Vital statistics of India. Vol. IV, Annual returns from 1871 to 1876. British Army of India, Native Army and jails of Bengal
Year: 1871
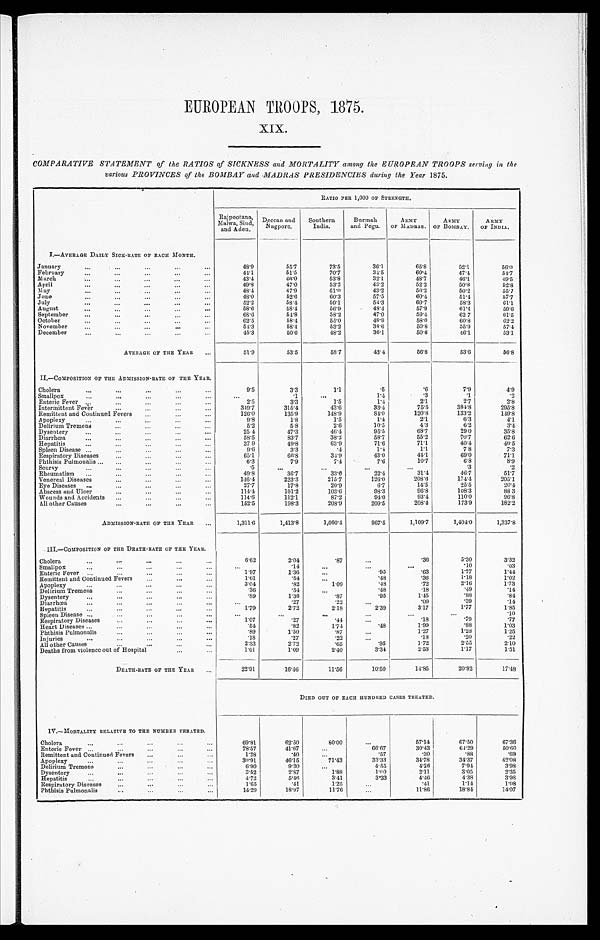
EUROPEAN TROOPS, 1875.
XIX.
COMPARATIVE STATEMENT of the RATIOS of SICKNESS and MORTALITY among the EUROPEAN TROOPS serving in the
various PROVINCES of the BOMBAY and MADRAS PRESIDENCIES during the Year 1875.
RATIO PER 1,000 Or STRENGTH.
Rajpootana,
Malwa, Sind,
and Aden.
Deccan and
Nagpore.
Southern
India.
Burmah
and Pegu.
ARMY
OF MADRAS.
ARMY
OF BOMBAY.
ARMY
OF INDIA.
1.—AVERAGE DAILY SICK-RATE OF EACH MONTH.
January
48.9
55.7
73.5
36.1
65.8
52.1
5 6 . 0
February
44.1
51.5
70.7
34.5
60.4
47.4
5 4 . 7
March
43.4
46.0
53.8
32.1
48.7
46.1
4 9 . 5
April
49.8
47.0
53.2
43.2
52.2
50.8
5 2 . 8
May
48.4
47.9
61.0
43.2
56.2
50.2
55.7
June
48.0
52.6
60.3
57.5
60.4
51.4
5 7 . 7
July
52.2
58.4
59.1
54.3
60.7
58.3
61.1
August
58.6
58.4
56.9
48.4
57.9
61.4
5 9 . 6
September
68.6
54.8
58.2
47.0
59.4
62.7
6 1 . 5
October
62.5
58.4
55.0
48.9
58.0
60.8
62.2
November
54.3
58.4
53.2
38.6
50.8
55.9
5 7 . 4
December
45.3
50.6
48.2
36.1
50.6
46.1
5 3 . 1
AVERAGE OF THE YEAR
51.9
53.5
58.7
43.4
56.8
53.6
5 6 . 8
II.—COMPOSITION OF THE ADMISSION-RATE OF THE YEAR.
Cholera
9.5
3.3
1.1
.5
.6
7.9
4 . 9
Smallpox
.1
1.4
.3
.1
.2
Enteric Fever
2.5
3.3
1.5
1.4
2.1
2.7
2 . 8
Intermittent Fever
349.7
315.4
43.6
33.4
75.5
384.8
2 9 5 . 8
Remittent and Continued Fevers
126.0
135.9
148.9
84.0
120.8
133.2
1 4 9 . 8
Apoplexy
9.8
1.8
1.5
1.4
2.1
6.3
4 . 1
Delirium Tremens
5 . 2
5.8
2.6
10.5
4.3
6.2
3 . 4
Dysentery
25.4
47.3
46.4
95.5
68.7
29.0
3 5 . 8
Diarrhœa
58.5
83.7
38.2
58.7
55.2
70.7
6 2 . 6
Hepatitis
37.9
49.8
63.9
71.6
71.1
40.4
46.5
Spleen Disease
9.6
3.3
.4
1.4
1.1
7.8
7 . 3
Respiratory Diseases
65.1
66.8
34.9
43.0
44.1
69.0
71.1
Phthisis Pulmonalis
6.3
7.9
7.4
7.6
10.7
6.8
8 . 9
Scurvy
.5
.3
.2
Rheumatism
49.8
36.7
33.6
22.4
31.4
46.7
5 1 . 7
Venereal Diseases
146.4
223.3
215.7
126.0
208.6
174.4
205.1
Eye Diseases
27.7
17.8
20.9
6.7
14.5
25.5
2 0 . 4
Abscess and Ulcer
114.4
101.2
103.6
98.3
96.8
108.3
8 8 . 3
Wounds and Accidents
114.6
112.1
87.2
94.0
93.4
110.0
96.8
All other Causes
152.5
198.3
208.9
209.5
208.4
173.9
1 8 2 . 2
ADMISSION-RATE OF THE YEAR
1,311.6
1,413.8
1,060.4
967.5
1,109.7
1,404.0
1 , 3 3 7 . 8
III.—COMPOSITION OF THE DEATH-RATE OF THE YEAR.
Cholera
6.62
2.04
. 8 7
.36
5.30
3 . 3 2
. 1 4
.10
.03
Smallpox
1.97
1.36
.95
.63
1.77
1 . 4 4
Enteric Fever
1.61
.54
.48
.36
1.18
1 . 0 2
Remittent and Continued Fevers
3.04
.82
1.09
.48
.72
2.16
1.73
Apoplexy
.36
.54
.48
.18
.49
.14
Delirium Tremens
.89
1.36
.87
.95
1.45
.88
.84
Dysentery
. 2 7
.22
.09
.39
.14
Diarrhœa
1 . 7 9
2.72
2.18
2.39
3.17
1.77
1.85
Hepatitis
.10
S p l e e n D i s e a s e
1.07
.27
.44
.18
.79
.77
Respiratory Diseases
.54
.82
1.74
.48
1.99
.88
1 . 0 3
Heart Diseases
Phthisis Pulmonalis
.89
1.50
.87
1.27
1.28
1.25
.18
.27
.22
.18
.20
.22
Injuries
2.33
2.72
.65
.95
1.72
2.55
2 . 1 0
All other Causes
1 . 6 1
1.09
2.40
3.34
2.53
1.17
1 . 5 1
Deaths from violence out of Hospital
DEATH-RATE OF THE YEAR
22.91
16.46
11.56
10.50
14.85
20.92
1 7 . 4 8
DIED OUT OF EACH HUNDRED CASES TREATED.
IV.—MORTALITY RELATIVE TO THE NUMBER TREATED.
Cholera
69.81
62.50
80.00
57.14
67.50
6 7 . 3 6
Enteric Fever
78.57
41.67
66.67
30.43
64.29
5 0 . 6 0
Remittent and Continued Fevers
1.28
.40
.57
.30
.88
.69
Apoplexy
30.91
46.15
71.43
33.33
34.78
34.37
4 2 . 0 8
Delirium Tremens
6.90
9.30
4.55
4.26
7.94
3 . 9 8
Dysentery
3.52
2.87
1.88
1.00
2.11
3.05
2 . 3 5
Hepatitis
4.72
5.46
3.41
3.33
4.46
4.38
3 . 9 8
Respiratory Diseases
1.65
.41
1.25
.41
1.14
1 . 0 8
Phthisis Pulmonalis
14.29
18.97
11.76
11.86
18.84
1 4 . 0 7